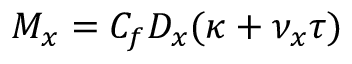
M _ { x } = C _ { f } D _ { x } ( \kappa + \nu _ { x } \tau )